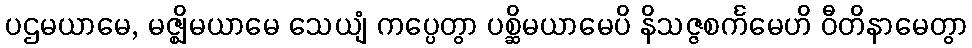
ပဌမယာမေ, မဇ္ဈိမယာမေ သေယျံ ကပ္ပေတွာ ပစ္ဆိမယာမေပိ နိသဇ္ဇစင်္ကမေဟိ ဝီတိနာမေတွာ